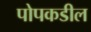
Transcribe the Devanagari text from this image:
पोपकडील